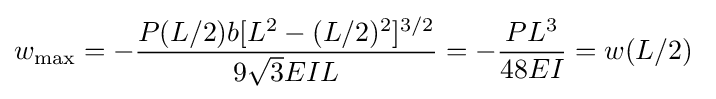
w_{\mathrm {max} }=-{\dfrac {P(L/2)b[L^{2}-(L/2)^{2}]^{3/2}}{9{\sqrt {3}}EIL}}=-{\frac {PL^{3}}{48EI}}=w(L/2)~